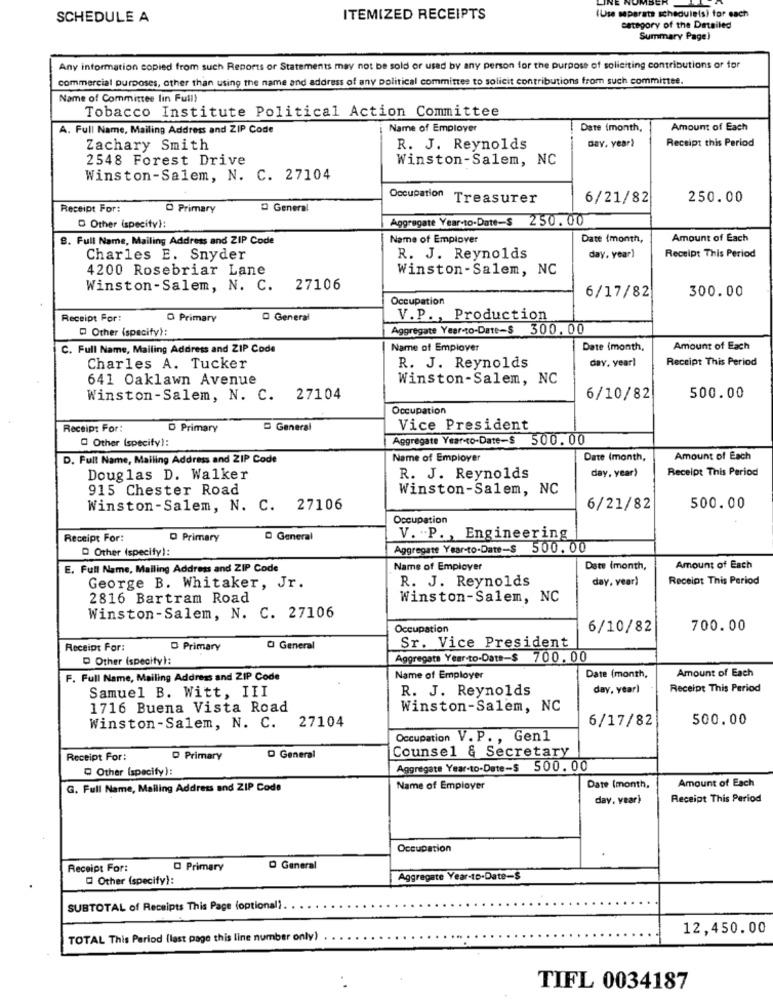
SCHEDULE A
ITEMIZED RECEIPTS
(Use separate scheduleis) for each
category of the Detailed
Summary Page)
Any information copied from such Reports or Statements may not be sold or used by any person for the purpose of soliciting contributions or for
commercial purposes, other than using the name and address of any political committee to solicit contributions from such committee.
Name of Committee lin Full)
Tobacco Institute Political Action Committee
A. Full Name, Mailing Address and ZIP Code
Name of Employer
Date (month,
Amount of Each
day. year)
Receipt this Period
Zachary Smith
R. J. Reynolds
2548 Forest Drive
Winston-Salem, NC
Winston-Salem, N. C. 27104
Occupation Treasurer
6/21/82
250.00
Receipt For:
O Primary
O General
Aggregate Year-to-Date-$ 250.00
Other (specity):
8. Full Name, Mailing Address and ZIP Code
Name of Empiover
Date (month,
Amount of Each
Charles E. Snyder
R. J. Reynolds
day, year)
Receipt This Period
4200 Rosebriar Lane
Winston-Salem, NC
Winston-Salem, N. C.
27106
6/17/82
300.00
Occupation
Receipt For:
O Primary
O General
V.P ., Production
Other (specify):
Aggregate Year-to-Date-$ 300. 00
C. Full Name, Mailing Address and ZIP Code
Name of Empiover
Date (month,
Amount of Each
day. yearl
Receipt This Period
Charles A. Tucker
R. J. Reynolds
641 Oaklawn Avenue
Winston-Salem, NC
Winston-Salem, N. C. 27104
6/10/82
500.00
Occupation
Receipt For:
D Primary
General
Vice President
Other (specify):
Aggregate Year-to-Date-$ 500.00
D. Full Name, Mailing Address and ZIP Code
Name of Employer
Date (month,
Amount of Each
day, year)
Receipt This Period
Douglas D. Walker
R. J. Reynolds
915 Chester Road
Winston-Salem, NC
Winston-Salem, N. C. 27106
6/21/82
500.00
Occupation
Receipt For:
O Primary
General
V. P ., Engineering
D Other (specify):
Aggregate Year-to-Date-$ 500. 00
E. Full Name, Mailing Address and ZIP Code
Name of Employer
Date (month,
Amount of Each
R. J. Reynolds
day, year)
Receipt This Period
George B. Whitaker, Jr.
2816 Bartram Road
Winston-Salem, NC
Winston-Salem, N. C. 27106
Occupation
6/10/82
700.00
Receipt For:
O Primary
O General
Sr. Vice President
D Other (specify):
Aggregate Year-to-Date-$ 700. 00
Amount of Each
F. Full Name, Mailing Address and ZIP Code
Name of Employer
Date (month,
Samuel B. Witt, III
R. J. Reynolds
day, year)
Receipt This Period
1716 Buena Vista Road
Winston-Salem, NC
Winston-Salem, N. C. 27104
6/17/82
500.00
Occupation V. P ., Gen1
Receipt For:
D Primary
D General
Counsel & Secretary
Other (specify):
Aggregate Year-to-Date-$ 500. 00
Amount of Each
G. Full Name, Mailing Address and ZIP Code
Name of Employer
Date (month,
day. vear)
Receipt This Period
Occupation
Receipt For:
O Primary
O General
Other (specify):
Aggregate Year-to-Date-$
SUBTOTAL of Receipts This Page (optional).
12,450.00
TOTAL This Period (last page this line number only)
. .
TIFL 0034187